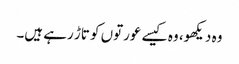
وہ دیکھو، وہ کیسے عورتوں کو تاڑ رہے ہیں۔